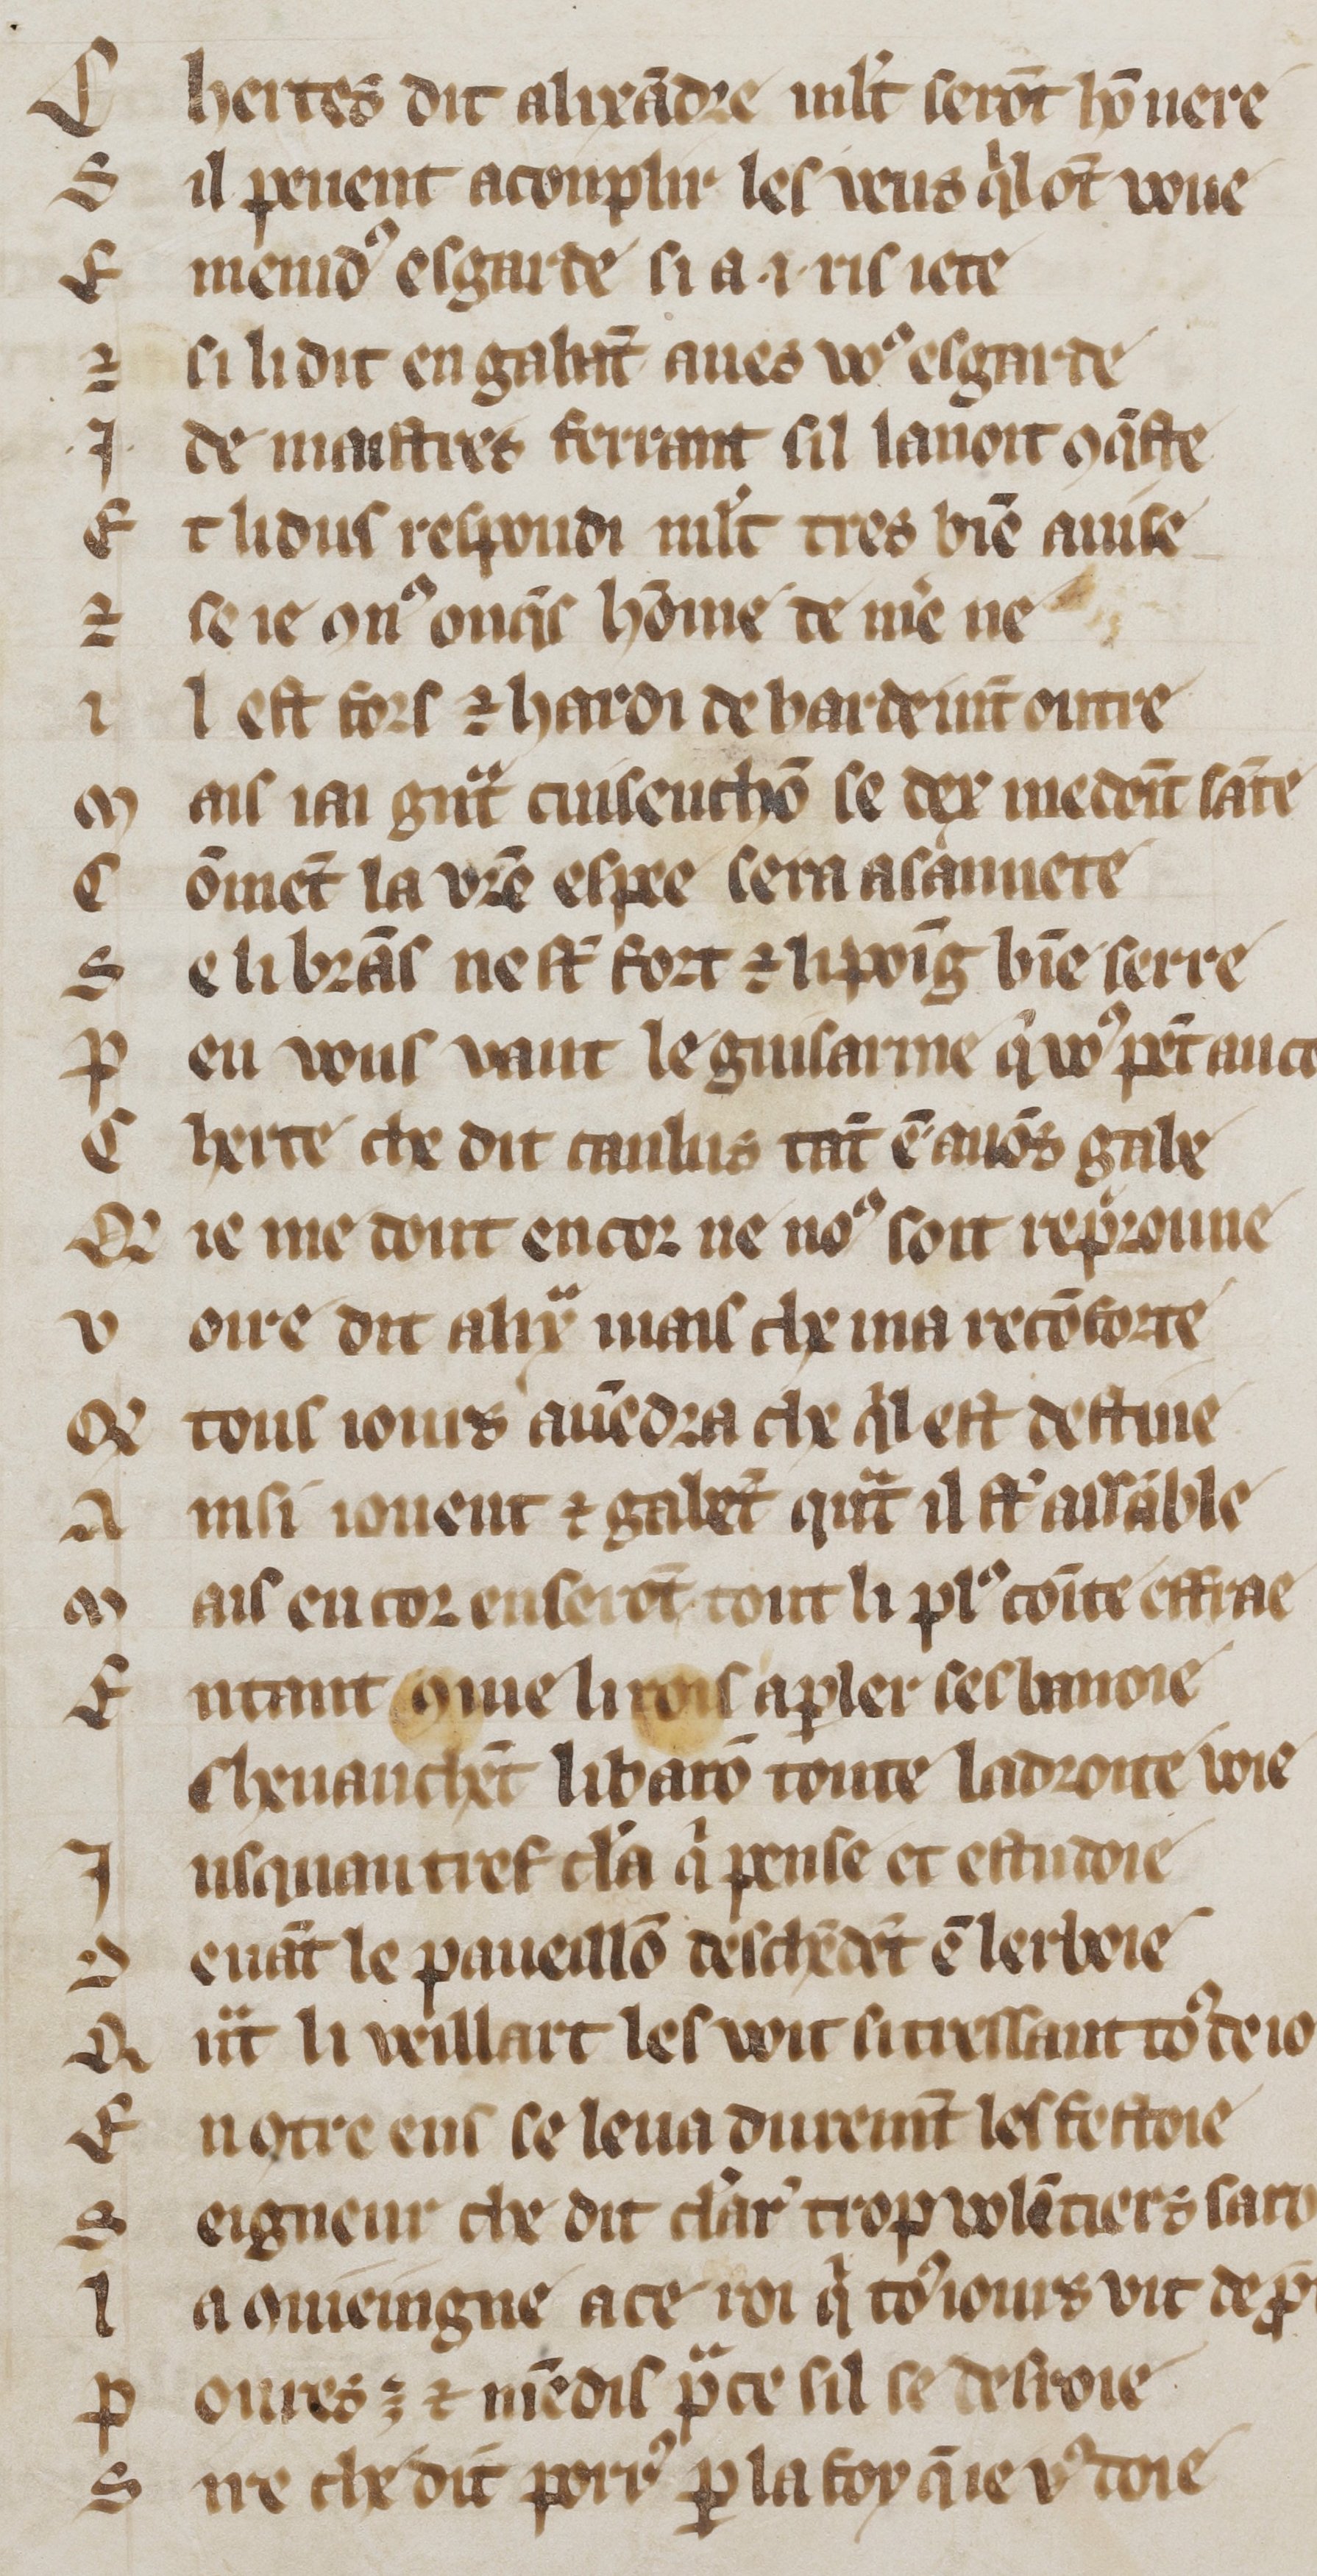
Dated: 1300–1330